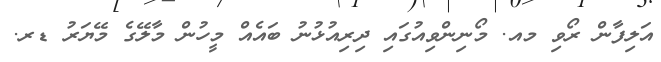
އަލިފާން ރޯވި މއ. މޯނިންވިއުގައި ދިރިއުޅުނު ބައެއް މީހުން މާލޭގެ މޭޔަރު ޑރ.